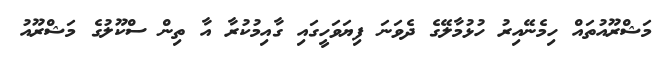
މަޝްރޫއުތައް ހިމެނޭއިރު ހުޅުމާލޭގެ ދެވަނަ ފިޔަވަހީގައި ގާއިމުކުރާ އާ ތިން ސްކޫލުގެ މަޝްރޫއު